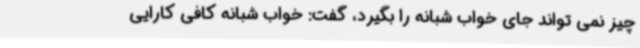
چیز نمی تواند جای خواب شبانه را بگیرد، گفت: خواب شبانه کافی کارایی